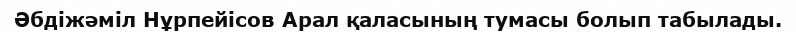
Әбдіжәміл Нұрпейісов Арал қаласының тумасы болып табылады.